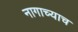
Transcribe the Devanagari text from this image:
नागाच्याच